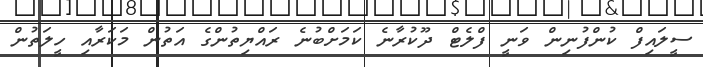
ސީލައިފް ކުންފުނިން ވަނީ ފްލެޓް ދޫކުރާނެ ކަމަށްބުނެ ރައްޔިތުންގެ އަތުން މަކަރާއި ހީލަތުން